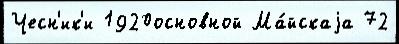
Чесн'ик'и 1920основной Ма́йскаjа 72